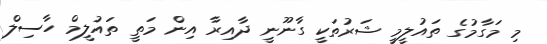
މި މަގާމުގެ ތައުލީމީ ޝަރުތަކީ ގާނޫނީ ދާއިރާ އިން މަތީ ތައުލީމް ހާސިލް